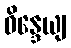
ဝိန္ဒေယျ